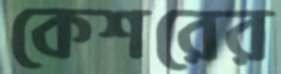
কেশরের